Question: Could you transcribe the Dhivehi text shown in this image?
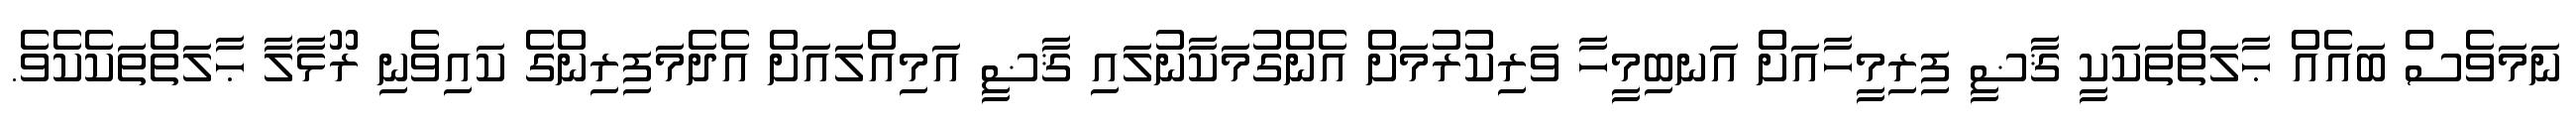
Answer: ނަމަވެސް ބައެއް ޙާލަތްތަކަކީ ޤާޟީ ފިރިމީހާއަށް އަނބިމީހާ ވަރިކުރުމަށް އެންގުމަކާނުލައި ޤާޟީ އަމިއްލައަށް އެދެމަފިރިންގެ ކައިވެނި ރޫޅާލާ ޙާލަތްތަކެކެވެ.